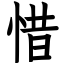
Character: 惜